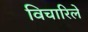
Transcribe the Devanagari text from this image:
विचारिले